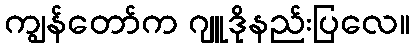
ကျွန်တော်က ဂျူဒိုနည်းပြလေ။